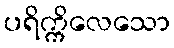
ပရိက္ကိလေသော